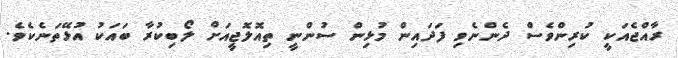
ރާއްޖެއަކީ ކުރިންވެސް ދެންނެވި ފަދައިން މުޅިން ސުންނީ ތިއޮލޮޖީއަށް ލޯބިކުރާ ބައަކު އުޅޭތަނެކެވެ.